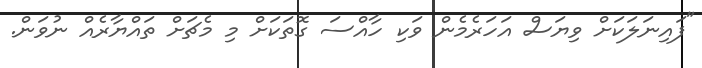
"ފައިނަލަކަށް ވިޔަސް އަހަރެމެން ވަކި ހާއްސަ ގޮތަކަށް މި މެޗަށް ތައްޔާރެއް ނުވަން.